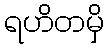
ရဟိတမှိ